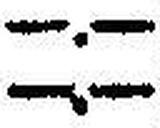
—.—